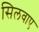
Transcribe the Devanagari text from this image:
सिलवाए